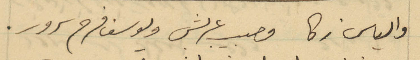
والياس زكا وحبيب عربش ويوسف فرح سرور.